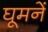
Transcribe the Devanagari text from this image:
घूमनें